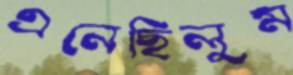
এনেছিলুম